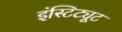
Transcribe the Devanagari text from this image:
इंस्टिट्यूट